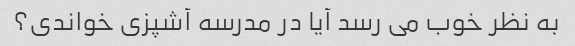
به نظر خوب می رسد آیا در مدرسه آشپزی خواندی؟